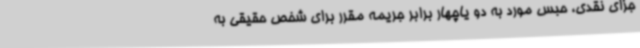
جزای نقدی، حبس مورد به دو یاچهار برابر جریمه مقرر برای شخص حقیقی به